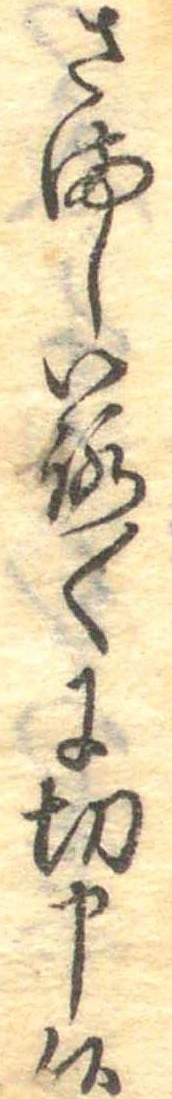
さましいろ〱に切申候